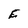
Character: E